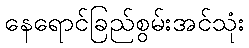
နေရောင်ခြည်စွမ်းအင်သုံး